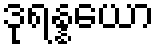
ဒုရန္နယော